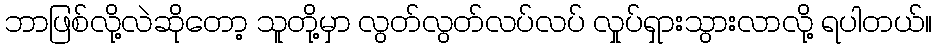
ဘာဖြစ်လို့လဲဆိုတော့ သူတို့မှာ လွတ်လွတ်လပ်လပ် လှုပ်ရှားသွားလာလို့ ရပါတယ်။